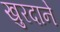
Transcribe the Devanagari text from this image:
खुरदाने